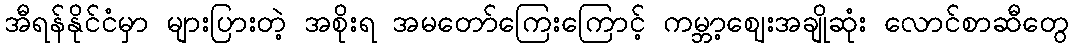
အီရန်နိုင်ငံမှာ များပြားတဲ့ အစိုးရ အမတော်ကြေးကြောင့် ကမ္ဘာ့ဈေးအချိုဆုံး လောင်စာဆီတွေ